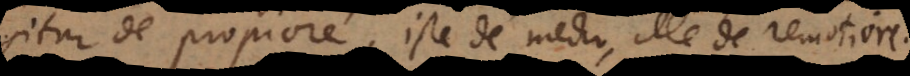
gitur de propiore, iste de medio, ille de remotiore.